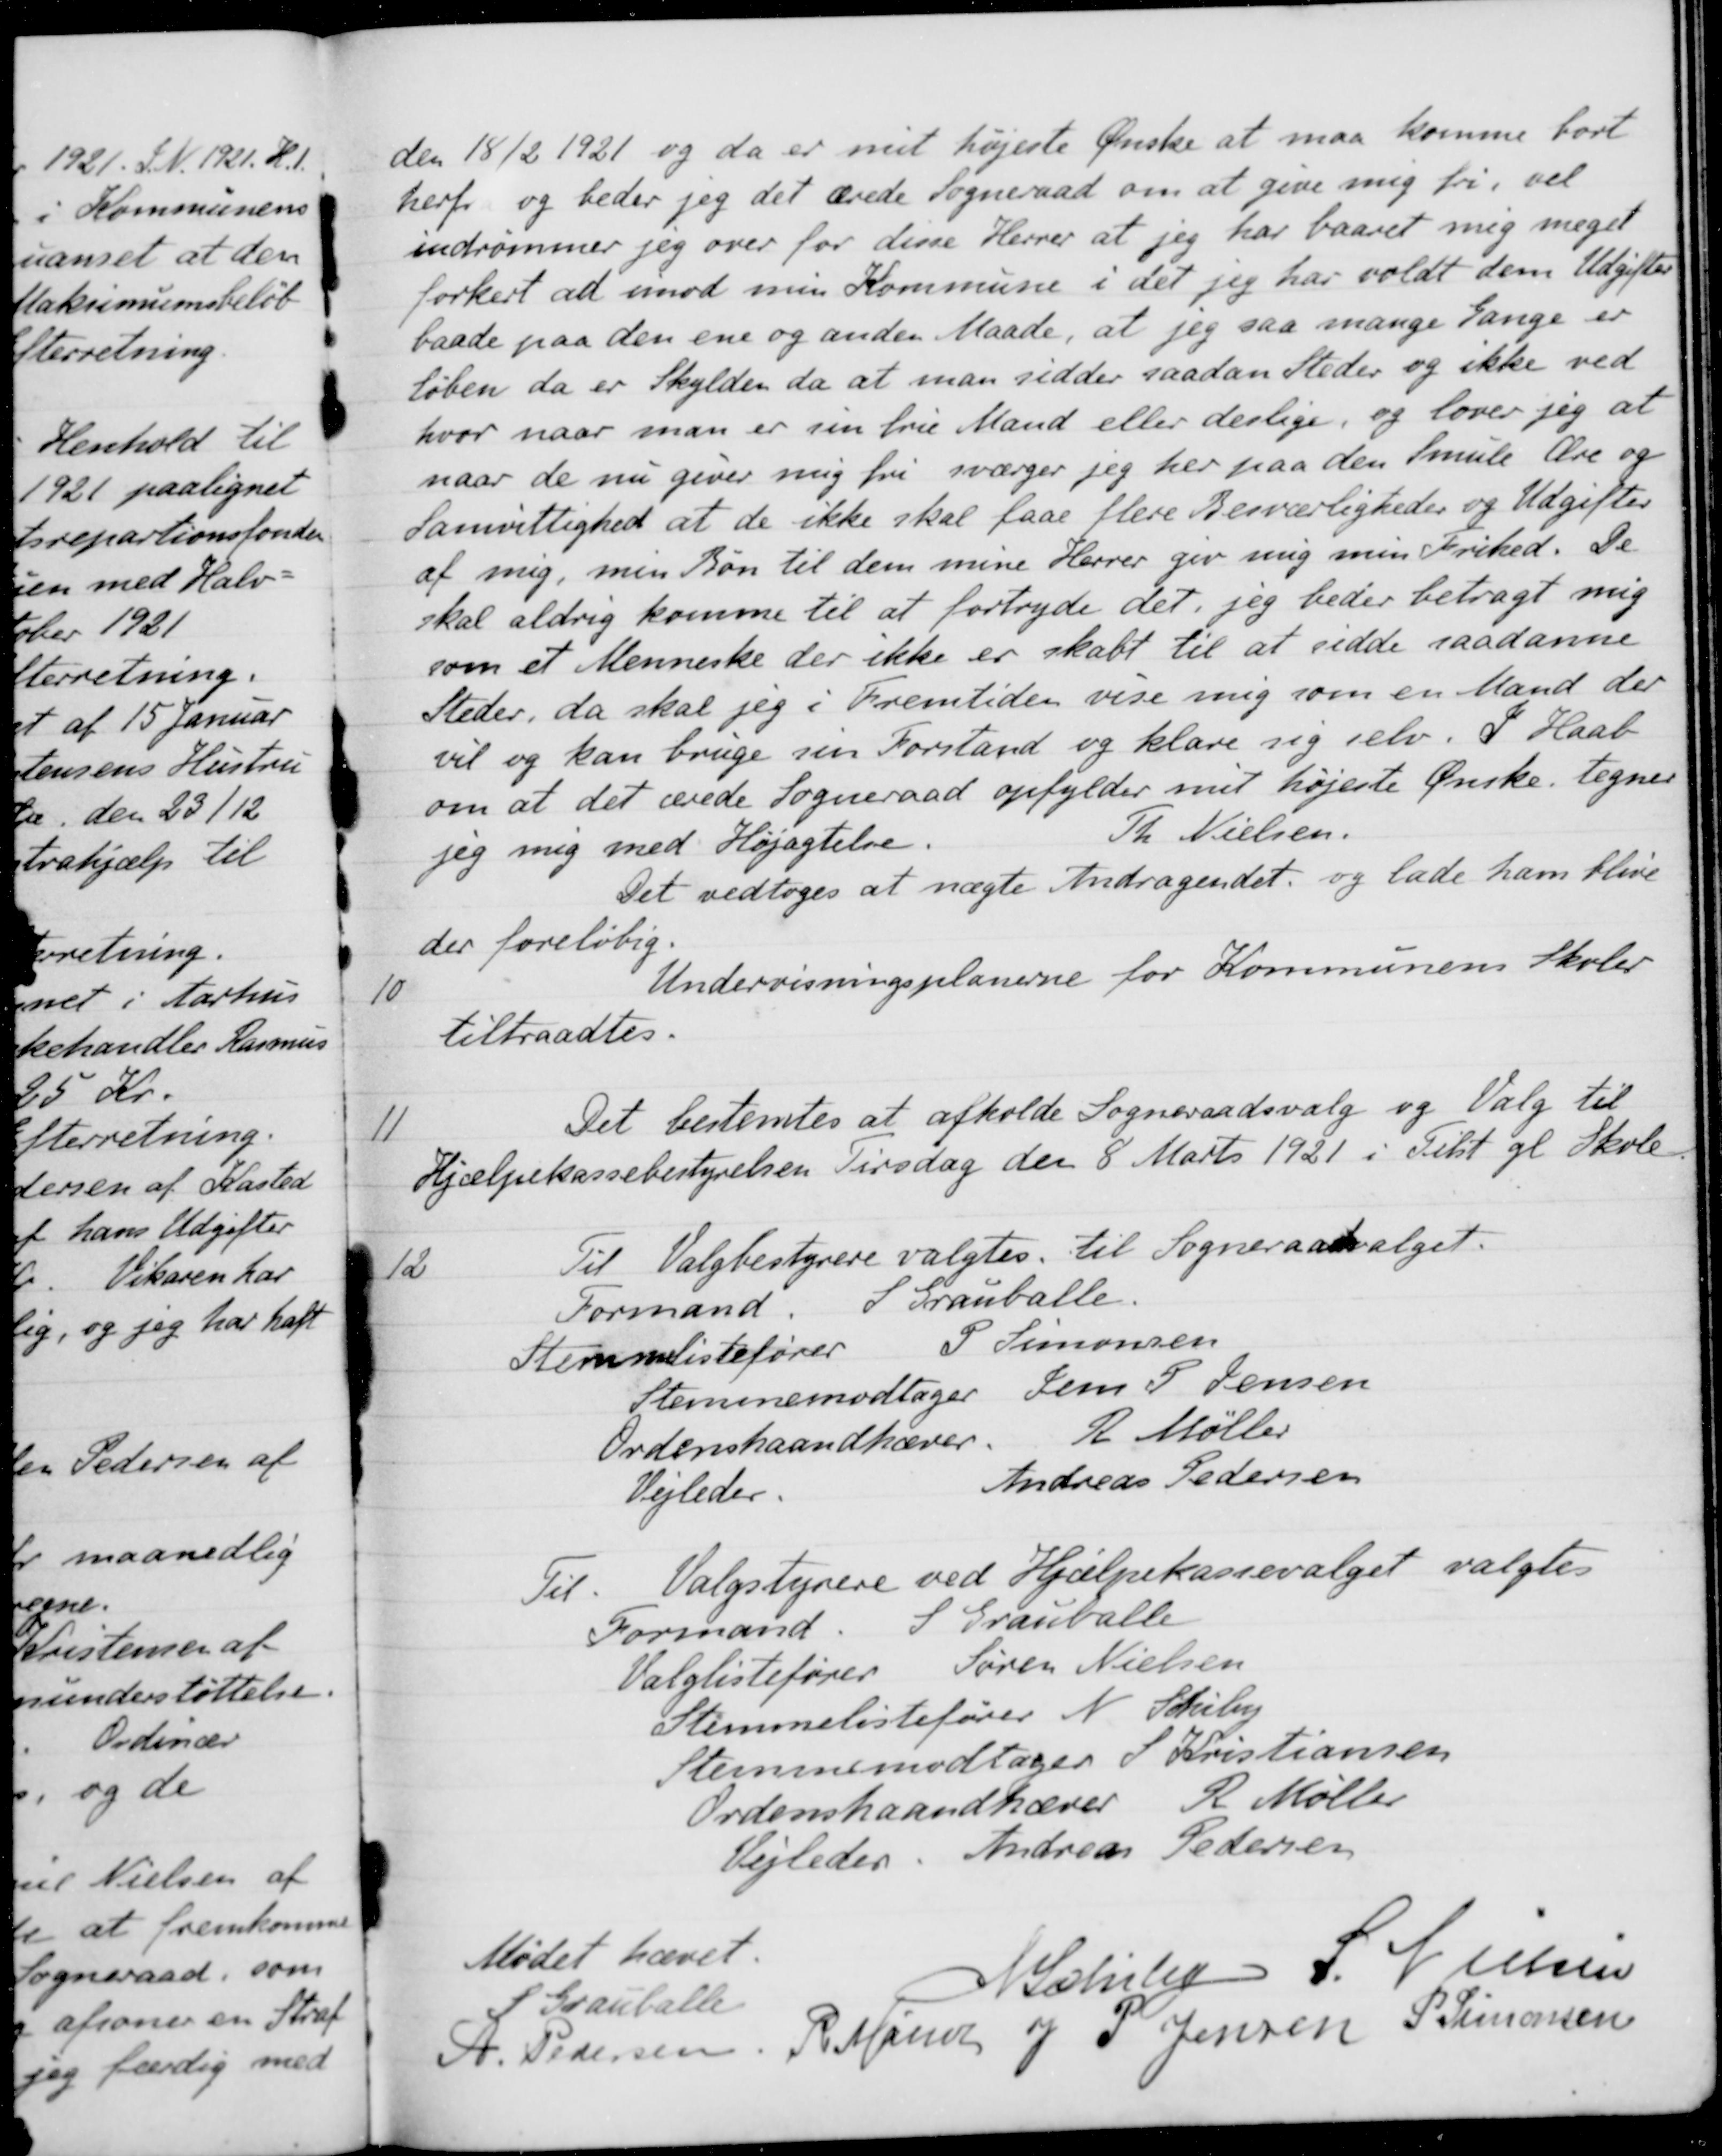
Transskription:
den 18/2 1921 og da er mit højeste Ønske at maa komme bort
herfi og beder jeg det ærede Sogneraad om at give mig fri, sel
indrømmer jeg over for disse Herrer at jeg har baaret mig meget
forkert at imod min Kommune i det jeg har voldt dem Udgifter
baade paa den ene og anden Maade, at jeg saa mange Tange er
løben da er Skylden da at man sidder saadan Steder og ikke ved
hvor naar man er sin frie Mand eller derlige, og lover jeg at
naar de nu giver mig fri sværger jeg her paa den mule Ære og
Samvittighed at de ikke skal faae flere Besværligheder og Udgifter
af mig, men Bøn til dem mine Herrer giv mig min Frihed. De
skal aldrig komme til at fortryde det jeg beder betragt mig
som et Menneske der ikke er skabt til at sidde saadanne
Steder, da skal jeg i Fremtiden vise mig som en Mand der
vil og kan bruge sin Forstand og klare sig selv. P. Haal
om at det ærede Sogneraad opfylder mit højeste Ønske tegner
jeg mig med Højagtelse.
Th. Nielsen.
Det vedtoges at nægte Andragendet, og lade ham blive
der foreløbig.
10
Undervisningsplanerne for Kommunens Skoler
tiltraadtes.
11
Det bestemtes at afholde Sogneraadsvalg og Valg til
Hjælpekassebestyrelsen Tirsdag den 8 Marts 1921 i Tilst gl Skole
12
Til Valgbestyrere valgtes til Sogneraadsvalget.
Formand
S Grauballe.
Stemmelistefører
P Simonsen
Stemmemodtager
Jens P. Jensen
Ordenshaandhæver.
R Møller
Vejledes
Andreas Pedersen
Til. Valgstyrere ved Hjælpekassevalget valgtes
Formand
S Grauballe
Valglistefører
Søren Nielsen
Stemmelistefører
N. Schiby
Stemmemodtager S. Kristiansen
Ordenshaandhæver
R. Møller
Vejleder
Andreas Pedersen
Mødet hævet.
S Grauballe
N Schiby
S Nielsen
A. Pedersen
R Mainz
og P. Jensen
P. Simonsen